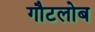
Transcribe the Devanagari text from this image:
गौटलोब